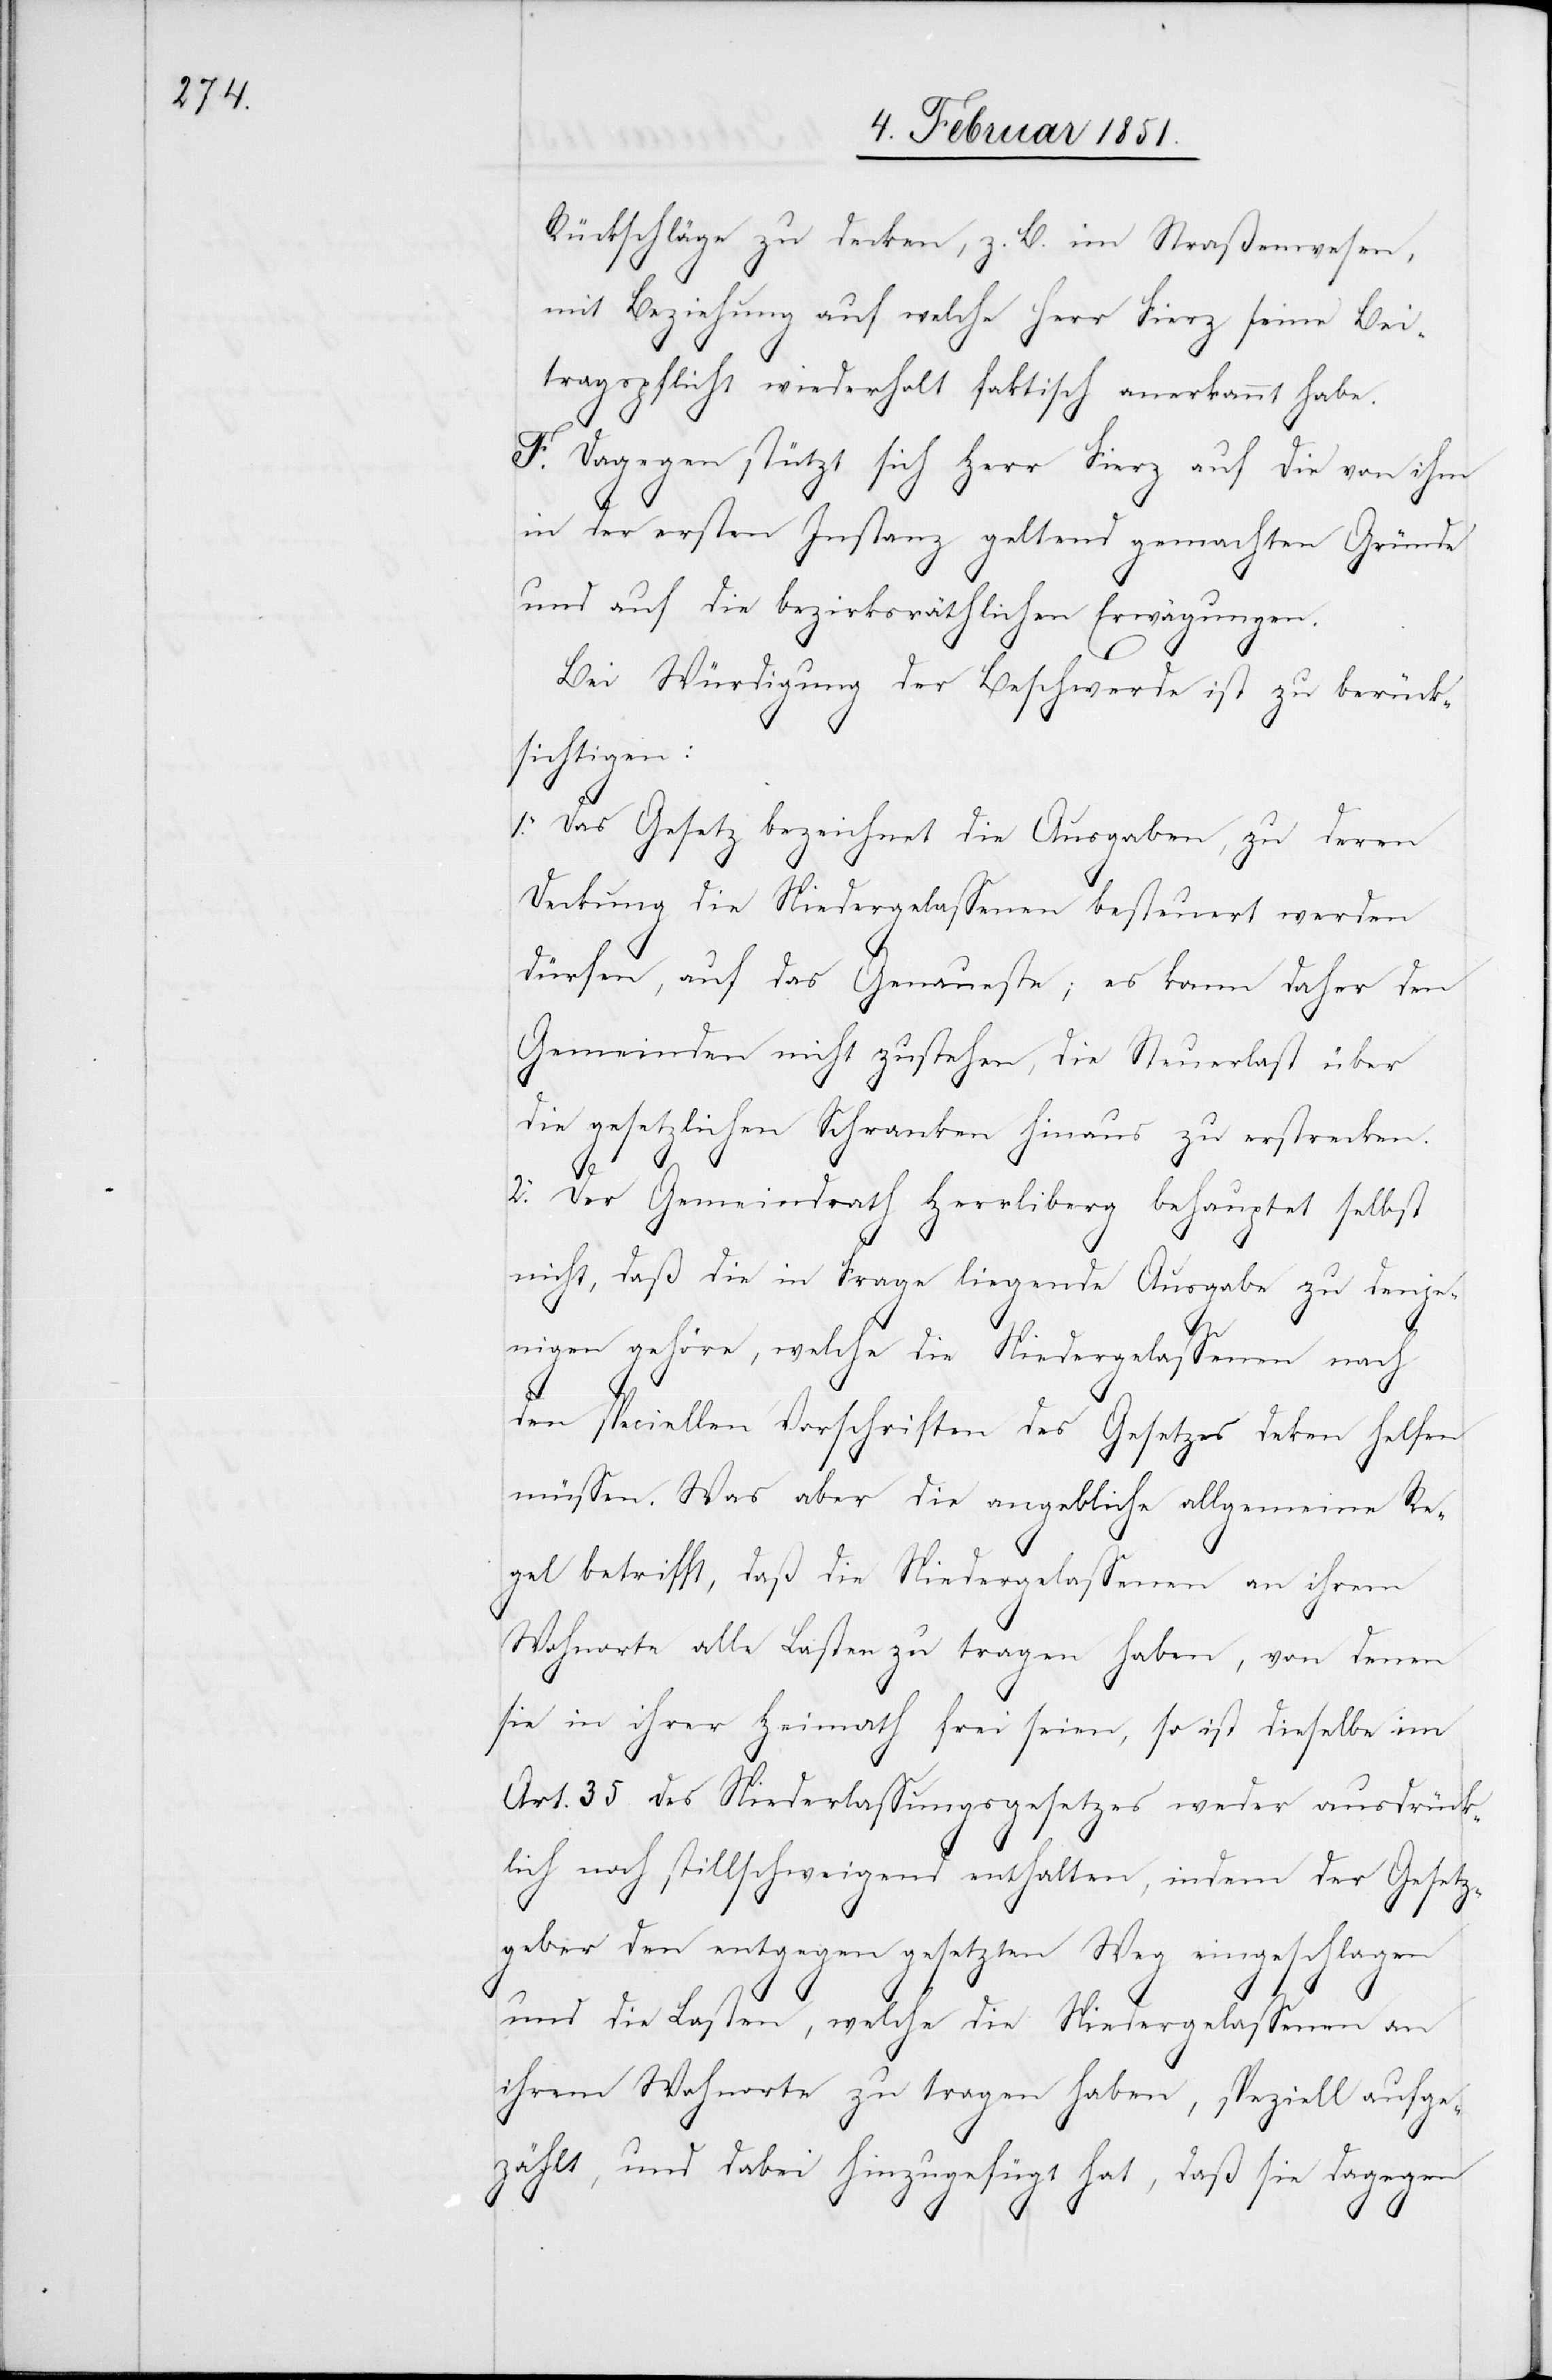
Rückschläge zu decken, z. B. im Straßenwesen,
mit Beziehung auf welche Herr Fierz seine Bei¬
tragspflicht wiederholt faktisch anerkannt habe.
F. Dagegen stützt sich Herr Fierz auf die von ihm
in der ersten Instanz geltend gemachten Gründe
und auf die bezirksräthlichen Erwägungen.
Bei Würdigung der Beschwerde ist zu berück¬
sichtigen:
1. Das Gesetz bezeichnet die Ausgaben, zu deren
Deckung die Niedergelassenen besteuert werden
dürfen, auf das Genaueste; es kann daher den
Gemeinden nicht zustehen, die Steuerlast über
die gesetzlichen Schranken hinaus zu erstrecken.
2. Der Gemeindrath Herrliberg behauptet selbst
nicht, daß die in Frage liegende Ausgabe zu denje¬
nigen gehöre, welche die Niedergelassenen nach
den speciellen Vorschriften des Gesetzes de[c]ken helfen
müssen. Was aber die angebliche allgemeine Re¬
gel betrifft, daß die Niedergelassenen an ihrem
Wohnorte alle Lasten zu tragen haben, von denen
sie in ihrer Heimath frei seien, so ist dieselbe im
Art. 35 des Niederlassungsgesetzes weder ausdrück¬
lich noch stillschweigend enthalten, indem der Gesetz¬
geber den entgegen gesetzten Weg eingeschlagen
und die Lasten, welche die Niedergelassenen an
ihrem Wohnorte zu tragen haben, speziell aufge¬
zählt, und dabei hinzugefügt hat, daß sie dagegen